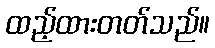
ထည့်ထားတတ်သည်။